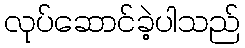
လုပ်ဆောင်ခဲ့ပါသည်